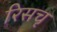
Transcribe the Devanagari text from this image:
रिसचृ